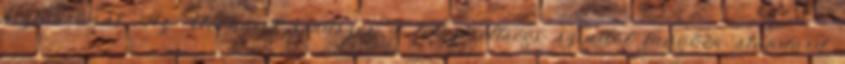
biztonságát. Az Uconnect rendszer a felszereltségi szinttől függően standard